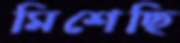
মিশেছি